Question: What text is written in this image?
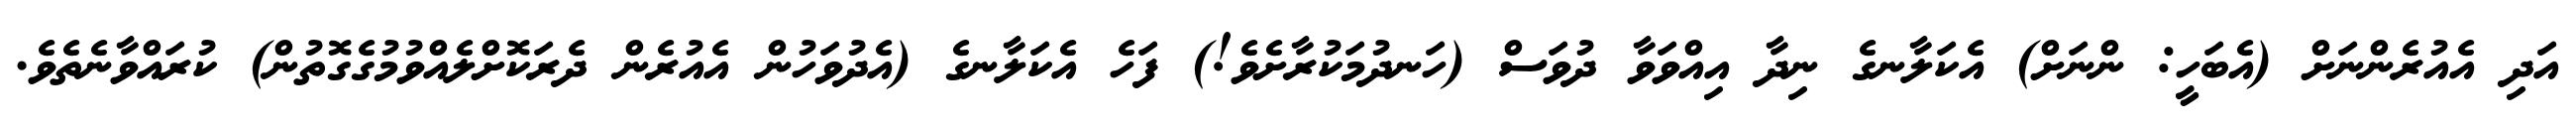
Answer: އަދި އެއުރެންނަށް (އެބަހީ: ންނަށް) އެކަލާނގެ ނިދާ އިއްވަވާ ދުވަސް (ހަނދުމަކުރާށެވެ!) ފަހެ އެކަލާނގެ (އެދުވަހުން އެއުރެން ދެރަކޮށްލެއްވުމުގެގޮތުން) ކުރައްވާނެތެވެ.